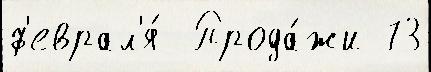
ф'еврал'я́  Прода́жи 73